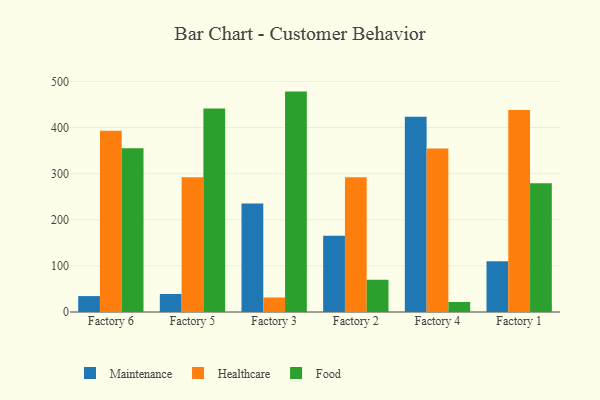
{"axis": {"x": "Factory", "y": "Gross Profit (USD K)"}, "legend": ["Food", "Healthcare", "Maintenance"], "data": [{"x": "Factory 6", "y": 34.5, "type": "Maintenance"}, {"x": "Factory 6", "y": 393.0, "type": "Healthcare"}, {"x": "Factory 6", "y": 354.9, "type": "Food"}, {"x": "Factory 5", "y": 39.0, "type": "Maintenance"}, {"x": "Factory 5", "y": 292.2, "type": "Healthcare"}, {"x": "Factory 5", "y": 441.1, "type": "Food"}, {"x": "Factory 3", "y": 235.3, "type": "Maintenance"}, {"x": "Factory 3", "y": 31.5, "type": "Healthcare"}, {"x": "Factory 3", "y": 477.8, "type": "Food"}, {"x": "Factory 2", "y": 165.1, "type": "Maintenance"}, {"x": "Factory 2", "y": 291.9, "type": "Healthcare"}, {"x": "Factory 2", "y": 69.9, "type": "Food"}, {"x": "Factory 4", "y": 423.3, "type": "Maintenance"}, {"x": "Factory 4", "y": 354.5, "type": "Healthcare"}, {"x": "Factory 4", "y": 21.7, "type": "Food"}, {"x": "Factory 1", "y": 109.8, "type": "Maintenance"}, {"x": "Factory 1", "y": 437.7, "type": "Healthcare"}, {"x": "Factory 1", "y": 279.1, "type": "Food"}]}